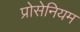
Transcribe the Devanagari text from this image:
प्रोसेनियम